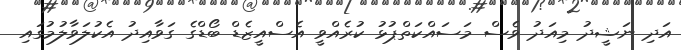
އަދި ނަޝީދު މިއަދު ވެސް މަސައްކަތްޕުޅު ކުރެއްވީ އެސްއީޒެޑް ބޯޑްގެ ގަވާއިދު އެކުލަވާލުމުގައި